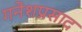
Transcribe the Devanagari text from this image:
गनेशप्रसाद